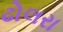
ઢોલરા